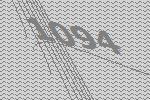
1094